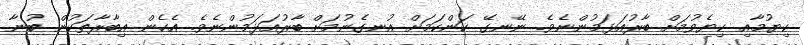
ކިޔުމާއި ކިޔެވުމަށް ބާރުއަޅަމުންނެވެ. ނޭނގޭ ކަންކަމަށް އުނގެނުމަށް ބާރުއަޅަމުންނެވެ. އެހެން އިބާރާތަކުން ބުނާ